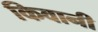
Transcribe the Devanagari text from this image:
किवानी